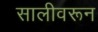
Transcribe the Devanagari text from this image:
सालीवरून